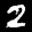
Label: 2